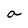
Character: a